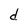
Character: d